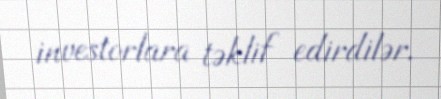
investorlara təklif edirdilər.